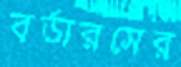
বর্ডারসের